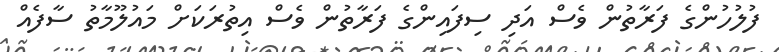
ފުލުހުންގެ ފަރާތުން ވެސް އަދި ސިފައިންގެ ފަރާތުން ވެސް އިތުރަކަށް މައުލޫމާތު ސާފެއް